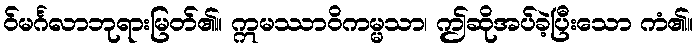
ဝ်မင်္ဂလာဘုရားမြတ်၏။ ဣမဿာဝိကမ္မသာ၊ ဤဆိုအပ်ခဲ့ပြီးသော ကံ၏။